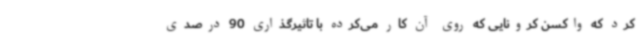
کرد که واکسن کرونایی که روی آن کار می‌کرده با تاثیرگذاری 90 درصدی